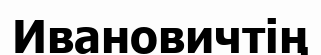
Ивановичтің